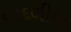
વાદળીયા